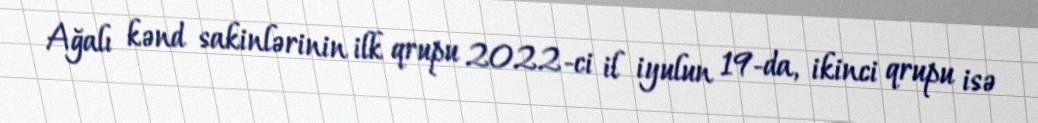
Ağalı kənd sakinlərinin ilk qrupu 2022-ci il iyulun 19-da, ikinci qrupu isə